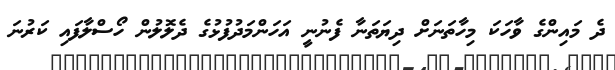
ދެ މައިންގެ ވާހަކަ މިހާތަނަށް ދިޔަތަނާ ފެނުނީ އަހަންމަދުފުޅުގެ ދެލޮލުން ހޯސްލާފައި ކަރުނަ